Report on sanitation, dispensaries, and jails in Rajputana for 1909, and on vaccination for the year 1909-1910 - 1909-1910
Year: 1909
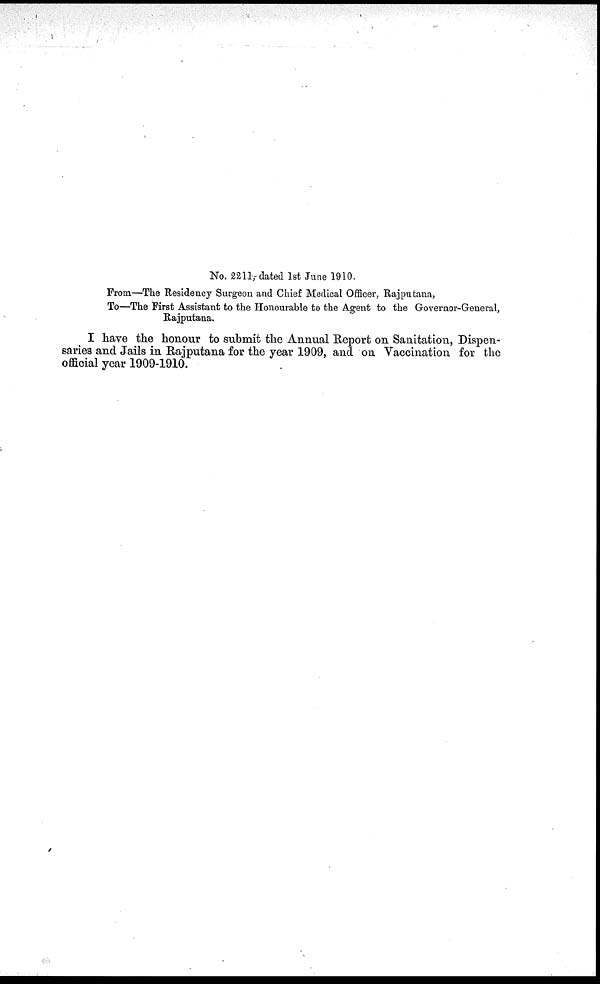
No. 2211, dated 1st June 1910.
From—The Residency Surgeon and Chief Medical Officer, Rajputana,
To—The First Assistant to the Honourable to the Agent to the Governor-General,
Rajputana.
I have the honour to submit the Annual Report on Sanitation, Dispen-
saries and Jails in Rajputana for the year 1909, and on Vaccination for the
official year 1909-1910.